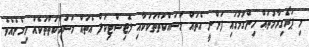
މި ޕަރޯގިރާމުތައް ހިންގުމުގައި ފަންނީ އެތައް މަސައްކަތްތަކަކާއި ލޮޖިސްޓިކަލް އެތައް މަސައްކަތްތަކެއް ހިމެނެއެވެ.